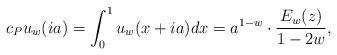
LaTeX: \begin{align*}c_P u_w(ia) =\int_0^1 u_w(x+ia) dx = a^{1-w}\cdot \frac{E_w(z)}{1-2w},\end{align*}